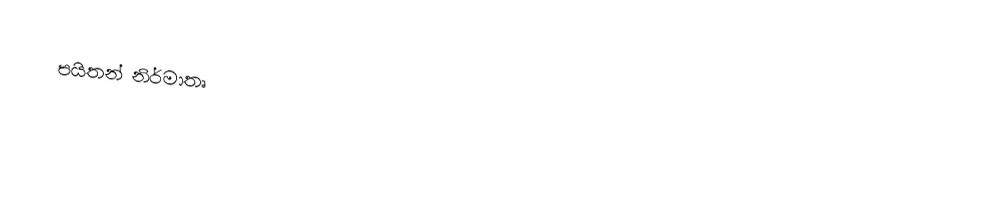
පයිතන් නිර්මාතෘ